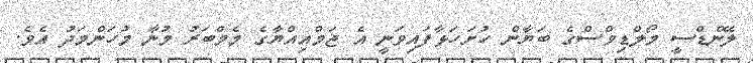
ލޭންޑްސީ މޯލްޑިވްސްގެ ބަޔާން ހުށަހަޅާފައިވަނީ އެ ޖަމްއިއްޔާގެ މެމްބަރު މުނާ މުހަންމަދު އެވެ.